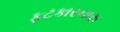
ફટકારનારા